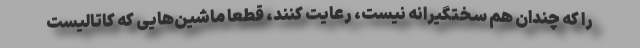
را که چندان هم سختگیرانه نیست، رعایت کنند، قطعا ماشین‌هایی که کاتالیست